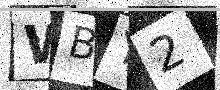
Text: WBY2